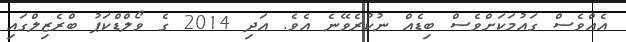
އެއްވެސް ގައުމަކަށްވެސް ބިޑެއް ނުކުރެވޭނެ އެވެ. އަދި 2014 ގެ ވޯލްޑްކަޕު ބްރެޒިލްގައި